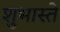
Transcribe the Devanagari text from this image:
शुभास्ते